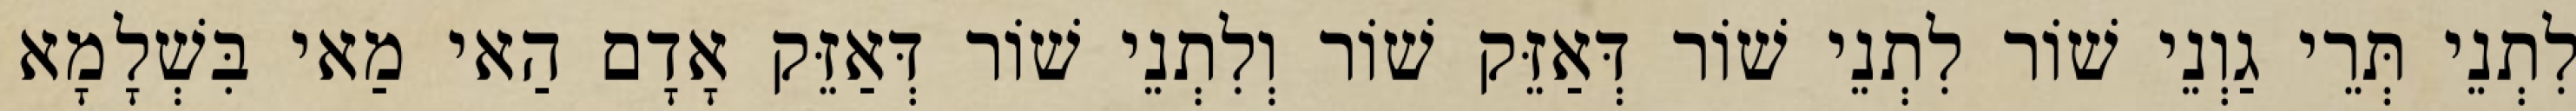
לִתְנֵי תְּרֵי גַוְנֵי שׁוֹר לִתְנֵי שׁוֹר דְּאַזֵּק שׁוֹר וְלִתְנֵי שׁוֹר דְּאַזֵּק אָדָם הַאי מַאי בִּשְׁלָמָא